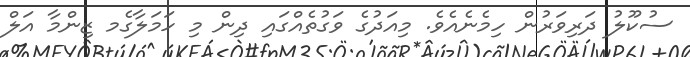
ސުކޫލު ދަރިވަރުން ހިމެނެއެވެ. މިއަދުގެ ވަގުތެއްގައި ދިން މި ހަމަލާގެމ ޒިންމާ އަލް